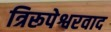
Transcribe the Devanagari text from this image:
त्रिरूपेश्वरवाद